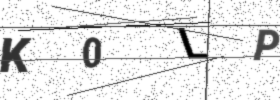
Text: K0LP